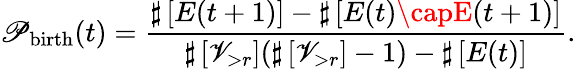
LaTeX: \mathscr{P}_{\mathrm{{birth}}}(t)=\frac{{\sharp\left[{E(t+1)}\right]-\sharp\left[{E(t)\capE(t+1)}\right]}}{{\sharp\left[\mathscr{{V}}_{>r}\right](\sharp\left[\mathscr{{V}}_{>r}\right]-1)-\sharp\left[{E(t)}\right]}}.